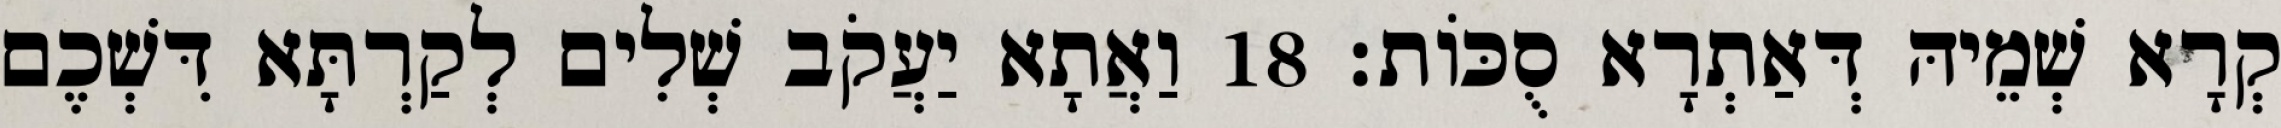
קְרָא שְׁמֵיהּ דְּאַתְרָא סֻכּוֹת׃ 18 וַאֲתָא יַעֲקֹב שְׁלִים לְקַרְתָּא דִּשְׁכֶם